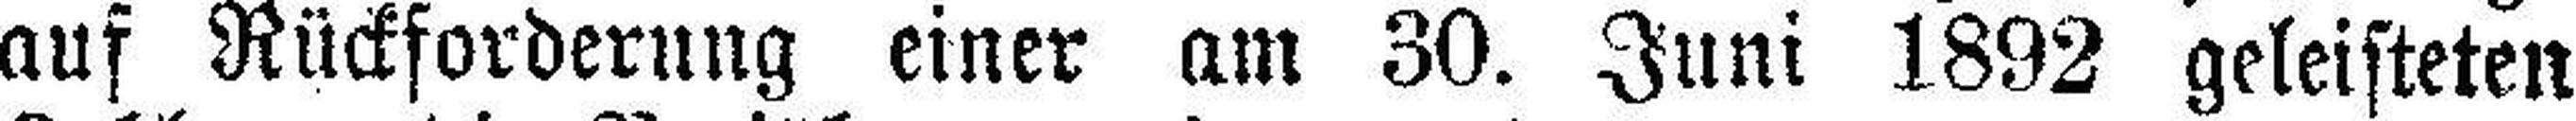
auf Rückforderung einer am 30. Juni 1892 geleisteten